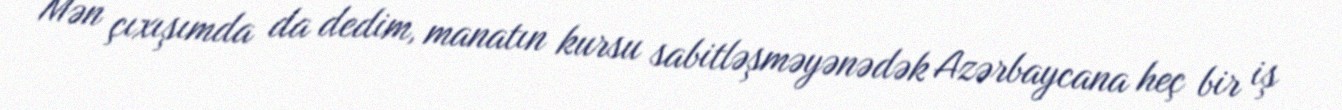
Mən çıxışımda da dedim, manatın kursu sabitləşməyənədək Azərbaycana heç bir iş